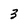
Character: 3